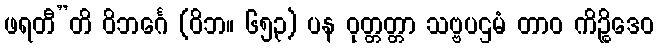
ဖရတီ”တိ ဝိဘင်္ဂေ (ဝိဘ။ ၆၅၃) ပန ဝုတ္တတ္တာ သဗ္ဗပဌမံ တာဝ ကိဉ္စိဒေဝ